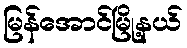
မြန်အောင်မြို့နယ်